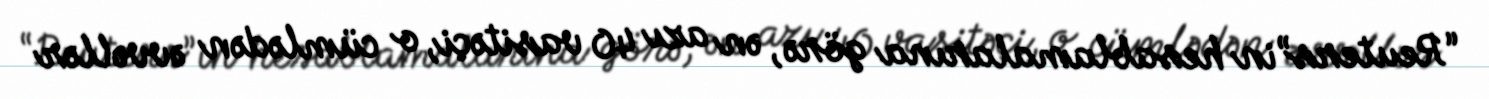
“Reuters”in hesablamalarına görə, ən azı 40 vasitəçi, o cümlədən əvvəllər